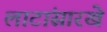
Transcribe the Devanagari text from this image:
लाटांसारखे